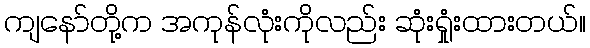
ကျနော်တို့က အကုန်လုံးကိုလည်း ဆုံးရှုံးထားတယ်။